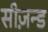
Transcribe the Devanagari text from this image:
सीज़न्ड